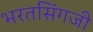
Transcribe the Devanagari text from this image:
भरतसिंगजी